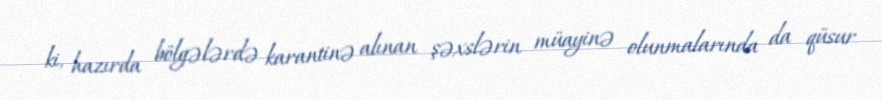
ki, hazırda bölgələrdə karantinə alınan şəxslərin müayinə olunmalarında da qüsur